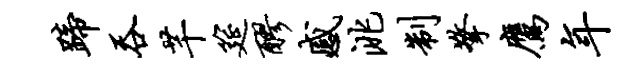
蹄吞芊筵醪感洮制擎鹰年